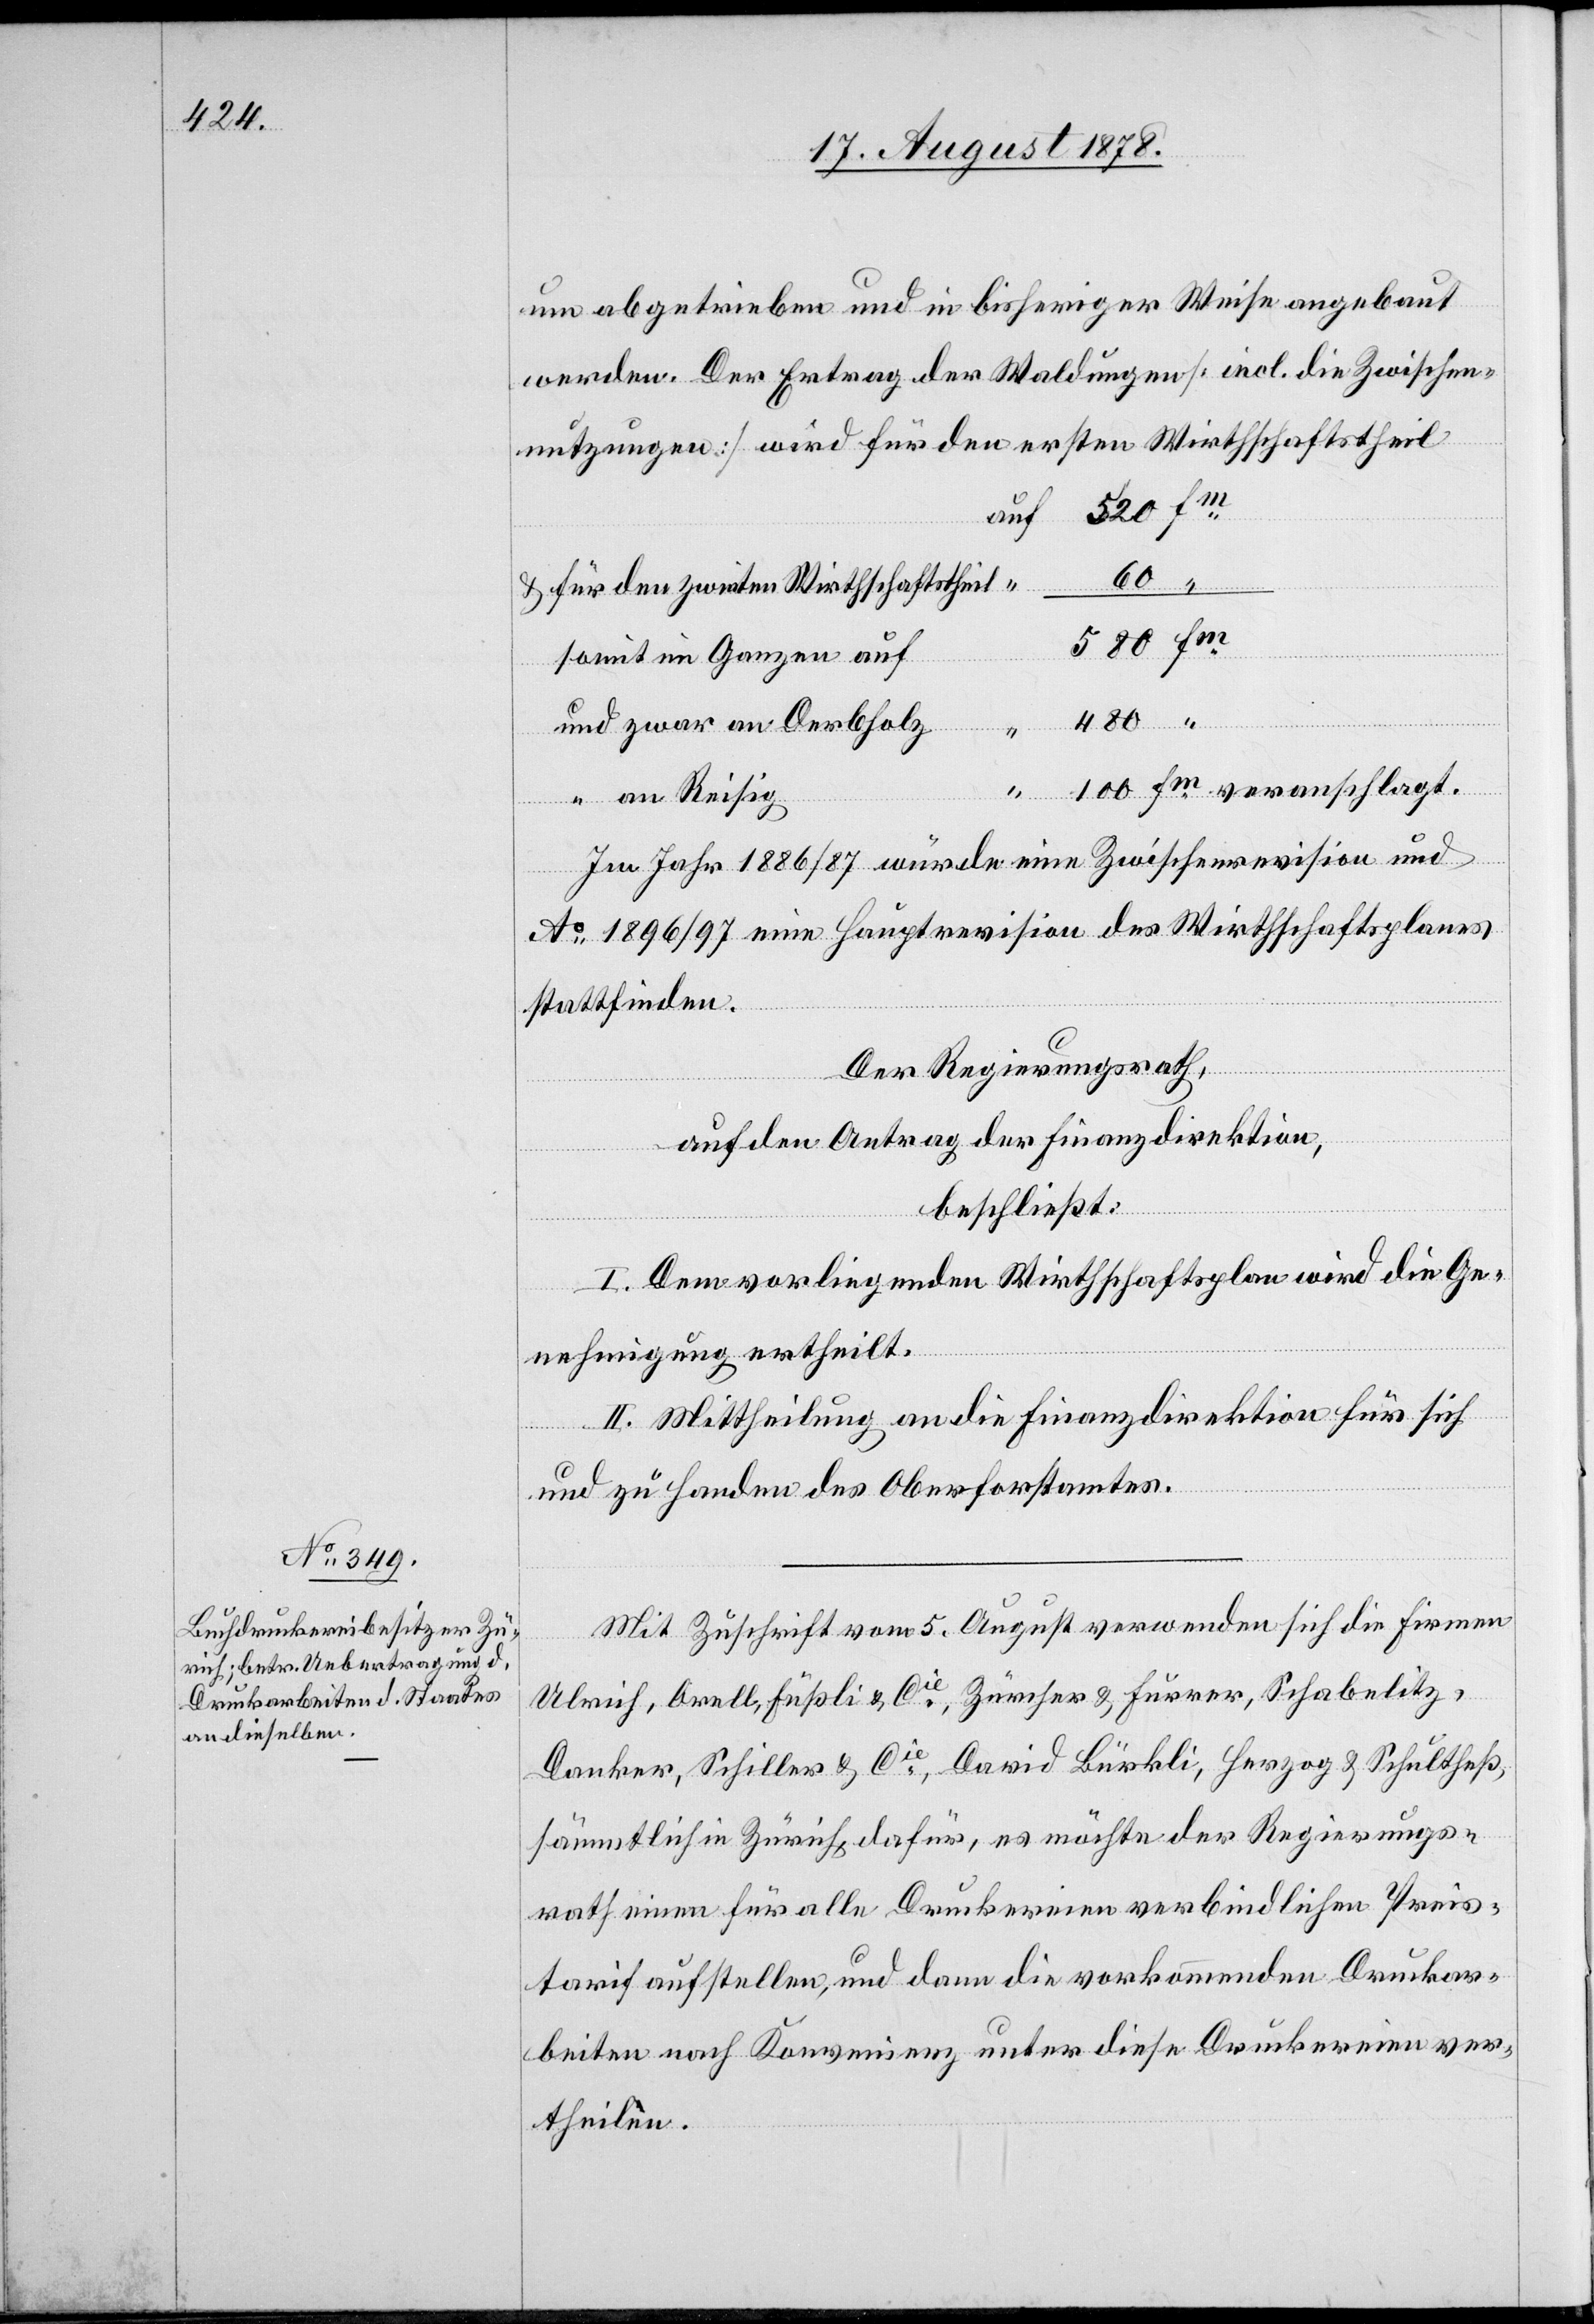
um abgetrieben und in bisheriger Weise angebaut
werden. Der Ertrag der Waldungen [incl. die Zwischen¬
60 “
& für den zweiten Wirthschaftstheil
580 fm
somit im Ganzen auf
480 “
und zwar an Derbholz
100
“ an Reisig
Im Jahr 1868/87 würde eine Zwischenrevision und
Ao 1896/97 eine Hauptrevision des Wirthschaftsplanes
stattfinden.
Der Regierungsrath,
auf den Antrag der Finanzdirektion,
beschließt:
I. Dem vorliegenden Wirthschaftsplan wird die Ge¬
chlagt.
auf
nehmigung ertheilt.
II. Mittheilung an die Finanzdirektion für sich
und zu Handen des Oberforstamtes.
Mit Zuschrift vom 5. August verwenden sich die Firmen
Ulrich, Orell, Füßli & Cie, Zürcher & Furrer, Schabelitz,
Danker, Schiller & Cie, David Bürkli, Herzog & Schultheß,
sämmtlich in Zürich dafür, es möchte der Regierungs¬
rath einen für alle Druckereien verbindlichen Preis¬
tarif aufstellen, und dann die vorkommenden Druckar¬
beiten nach Konvenienz unter diese Druckereien ver¬
theilen.